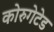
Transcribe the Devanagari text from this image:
कोरुगेटेड